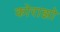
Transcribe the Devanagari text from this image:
कोराझो